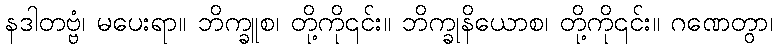
နဒါတဗ္ဗံ၊ မပေးရာ။ ဘိက္ခူစ၊ တို့ကို၎င်း။ ဘိက္ခုနိယောစ၊ တို့ကို၎င်း။ ဂဏေတွာ၊